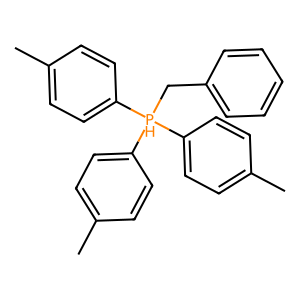
SMILES: Cc1ccc([PH](Cc2ccccc2)(c2ccc(C)cc2)c2ccc(C)cc2)cc1
Inhibits HIV replication: No